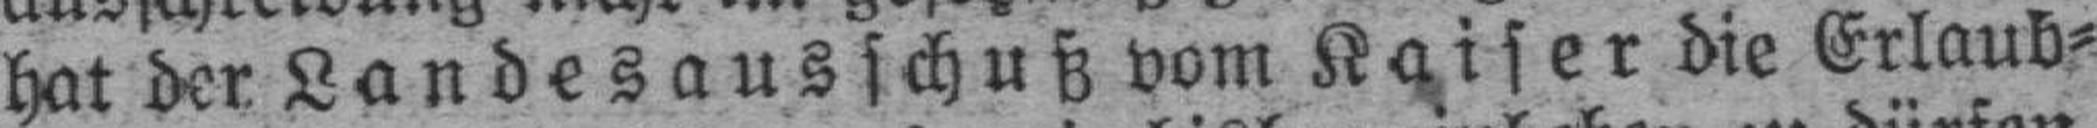
hat der Landesausschuß vom Kaiser die Erlaub¬